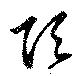
頂